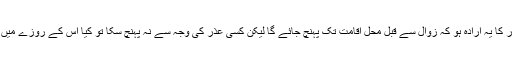
اگر روزہ دار کا یہ ارادہ ہو کہ زوال سے قبل محل اقامت تک پہنچ جائے گا لیکن کسی عذر کی وجہ سے نہ پہنچ سکا تو کیا اس کے روزے میں اشکال ہے؟